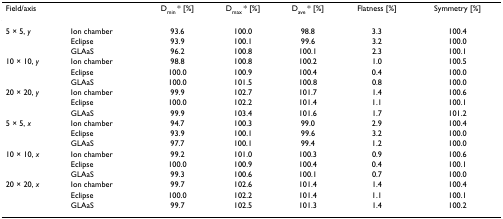
<table><thead><tr><td><b>Field/axis</b></td><td></td><td><b>D<sub>min </sub>* [%]</b></td><td><b>D<sub>max </sub>* [%]</b></td><td><b>D<sub>ave </sub>* [%]</b></td><td><b>Flatness [%]</b></td><td><b>Symmetry [%]</b></td></tr></thead><tbody><tr><td>5 × 5, <i>y</i></td><td>Ion chamber</td><td>93.6</td><td>100.0</td><td>98.8</td><td>3.3</td><td>100.4</td></tr><tr><td></td><td>Eclipse</td><td>93.9</td><td>100.1</td><td>99.6</td><td>3.2</td><td>100.0</td></tr><tr><td></td><td>GLAaS</td><td>96.2</td><td>100.8</td><td>100.1</td><td>2.3</td><td>100.1</td></tr><tr><td>10 × 10, <i>y</i></td><td>Ion chamber</td><td>98.8</td><td>100.8</td><td>100.2</td><td>1.0</td><td>100.5</td></tr><tr><td></td><td>Eclipse</td><td>100.0</td><td>100.9</td><td>100.4</td><td>0.4</td><td>100.0</td></tr><tr><td></td><td>GLAaS</td><td>100.0</td><td>101.5</td><td>100.8</td><td>0.8</td><td>100.0</td></tr><tr><td>20 × 20, <i>y</i></td><td>Ion chamber</td><td>99.9</td><td>102.7</td><td>101.7</td><td>1.4</td><td>100.6</td></tr><tr><td></td><td>Eclipse</td><td>100.0</td><td>102.2</td><td>101.4</td><td>1.1</td><td>100.1</td></tr><tr><td></td><td>GLAaS</td><td>99.9</td><td>103.4</td><td>101.6</td><td>1.7</td><td>101.2</td></tr><tr><td>5 × 5, <i>x</i></td><td>Ion chamber</td><td>94.7</td><td>100.3</td><td>99.0</td><td>2.9</td><td>100.4</td></tr><tr><td></td><td>Eclipse</td><td>93.9</td><td>100.1</td><td>99.6</td><td>3.2</td><td>100.0</td></tr><tr><td></td><td>GLAaS</td><td>97.7</td><td>100.1</td><td>99.4</td><td>1.2</td><td>100.0</td></tr><tr><td>10 × 10, <i>x</i></td><td>Ion chamber</td><td>99.2</td><td>101.0</td><td>100.3</td><td>0.9</td><td>100.6</td></tr><tr><td></td><td>Eclipse</td><td>100.0</td><td>100.9</td><td>100.4</td><td>0.4</td><td>100.1</td></tr><tr><td></td><td>GLAaS</td><td>99.3</td><td>100.6</td><td>100.1</td><td>0.7</td><td>100.0</td></tr><tr><td>20 × 20, <i>x</i></td><td>Ion chamber</td><td>99.7</td><td>102.6</td><td>101.4</td><td>1.4</td><td>100.4</td></tr><tr><td></td><td>Eclipse</td><td>100.0</td><td>102.2</td><td>101.4</td><td>1.1</td><td>100.1</td></tr><tr><td></td><td>GLAaS</td><td>99.7</td><td>102.5</td><td>101.3</td><td>1.4</td><td>100.2</td></tr></tbody></table>